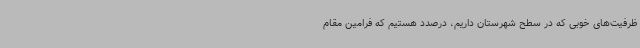
ظرفیت‌های خوبی که در سطح شهرستان داریم، درصدد هستیم که فرامین مقام